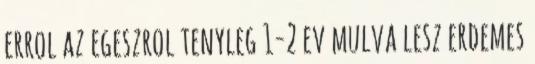
errol az egeszrol tenyleg 1-2 ev mulva lesz erdemes